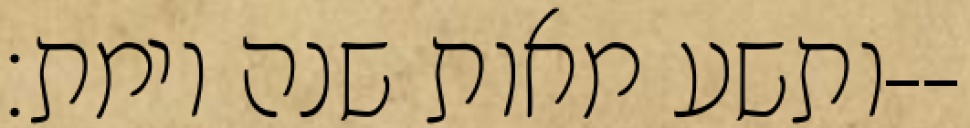
ותשע מאות שנה וימת׃--